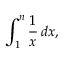
\int _ { 1 } ^ { n } { \frac { 1 } { x } } \, d x ,